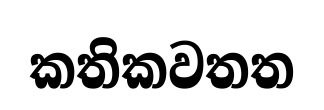
කතිකවතත